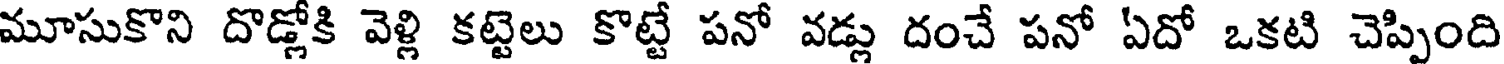
మూసుకొని దొడ్లోకి వెళ్లి కట్టెలు కొట్టే పనో వడ్లు దంచే పనో ఏదో ఒకటి చెప్పింది